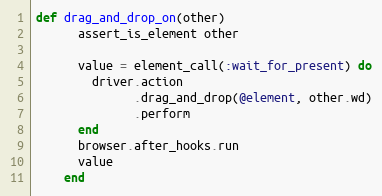
Language: Ruby
def drag_and_drop_on(other)
      assert_is_element other

      value = element_call(:wait_for_present) do
        driver.action
              .drag_and_drop(@element, other.wd)
              .perform
      end
      browser.after_hooks.run
      value
    end